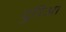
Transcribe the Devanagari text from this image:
दुरिआ